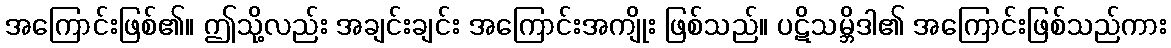
အကြောင်းဖြစ်၏။ ဤသို့လည်း အချင်းချင်း အကြောင်းအကျိုး ဖြစ်သည်။ ပဋိသမ္ဘိဒါ၏ အကြောင်းဖြစ်သည်ကား